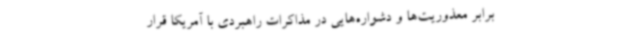
برابر معذوریت‌ها و دشواره‌هایی در مذاکرات راهبردی با آمریکا قرار